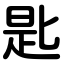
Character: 匙